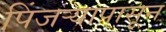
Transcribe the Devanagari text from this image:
पिंजर्‍यापासून